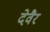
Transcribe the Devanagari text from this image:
देवैर